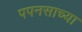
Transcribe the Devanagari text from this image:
पपनसाच्या